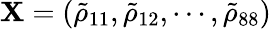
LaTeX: \mathbf{X}=(\tilde{\rho}_{11},\tilde{\rho}_{12},\cdots,\tilde{\rho}_{88})